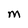
Character: M